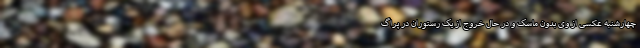
چهارشنبه عکسی از وی بدون ماسک و در حال خروج از یک رستوران در پراگ